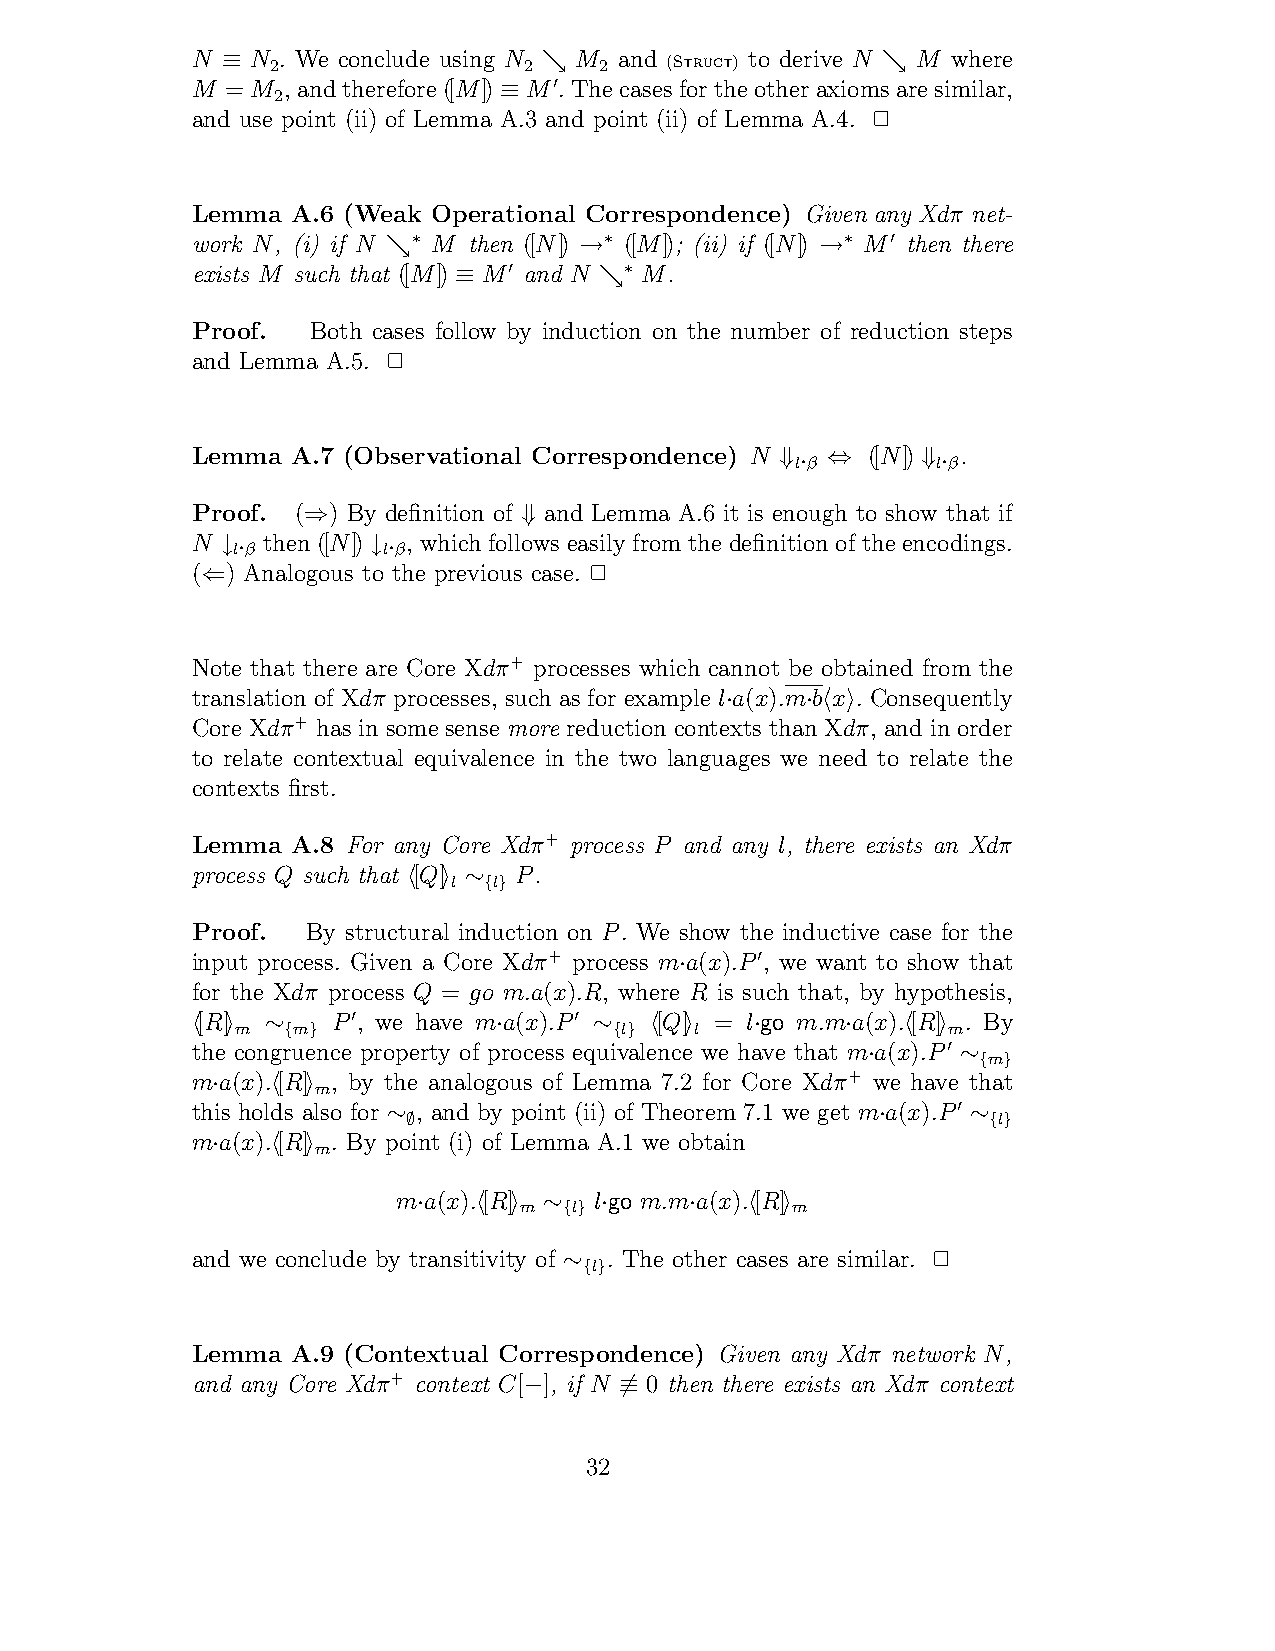
N   N 2. We conclude using N 2 M 2 and (Struct) to derive N M where
 ≡                    %                     %
 M = M ,andtherefore([M]) M .Thecasesfortheotheraxiomsaresimilar,
 2                  !
 ≡
 and use point (ii) of Lemma A.3 and point (ii) of Lemma A.4. !
 Lemma A.6 (Weak Operational Correspondence) Given any Xdπ net-
 work N, (i) if N M then ([N]) ([M]); (ii) if ([N]) M then there
 ∗            ∗               ∗  !
 %           →               →
 exists M such that ([M]) M and N M.
 !      ∗
 ≡         %
 Proof.  Both cases follow by induction on the number of reduction steps
 and Lemma A.5. !
 Lemma A.7 (Observational Correspondence) N  ([N])  .
 l β      l β
 ⇓· ⇔     ⇓·
 Proof. ( ) By definition of and Lemma A.6 it is enough to show that if
 ⇒             ⇓
 N   then ([N]) , which follows easily from the definition of the encodings.
 l β       l β
 ↓·        ↓·
 ( ) Analogous to the previous case. !
 ⇐
 Note that there are Core Xdπ+ processes which cannot be obtained from the
 translation of Xdπ processes, such as for example l a(x).mb x . Consequently
 ·    · ! "
 Core Xdπ+ has in some sense more reduction contexts than Xdπ, and in order
 to relate contextual equivalence in the two languages we need to relate the
 contexts first.
 Lemma A.8 For any Core Xdπ+ process P and any l, there exists an Xdπ
 process Q such that [Q] P.
 l  l
 ! " ∼{}
 Proof. By structural induction on P. We show the inductive case for the
 input process. Given a Core Xdπ+ process ma(x).P , we want to show that
 !
 ·
 for the Xdπ process Q = go m.a(x).R, where R is such that, by hypothesis,
 [R]      P , we have ma(x).P  [Q] = l go m.ma(x).[R] . By
 m  m   !              !  l    l                m
 ! "  ∼{ }           ·     ∼{} ! "    ·     ·   ! "
 the congruence property of process equivalence we have that ma(x).P
 ! m
 ma(x).[R] , by the analogous of Lemma 7.2 for Core
 Xdπ+·
 we
 have∼ th{ a}
 t
 m
 ·   ! "
 this holds also for , and by point (ii) of Theorem 7.1 we get ma(x).P
 !  l
 ∼∅                              ·     ∼{}
 ma(x).[R] . By point (i) of Lemma A.1 we obtain
 m
 ·   ! "
 ma(x).[R]    l go m.ma(x).[R]
 m   l             m
 ·   ! " ∼{} ·     ·   ! "
 and we conclude by transitivity of . The other cases are similar. !
 l
 ∼{}
 Lemma A.9 (Contextual Correspondence) Given any Xdπ network N,
 and any Core Xdπ+ context C[ ], if N 0 then there exists an Xdπ context
 −     .≡
 32